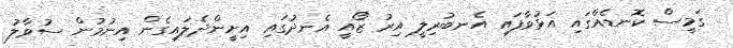
ގަމީސް ކޮނޑެއްގައި އަޅުވާފައި އެނބުރިލީ އިރު ޒޯއީ އެނދުގައި އިށީންދެލައިގެން އިނުމުން ސުވާލު